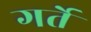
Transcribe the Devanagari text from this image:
गर्ते